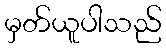
မှတ်ယူပါသည်